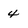
Character: 4